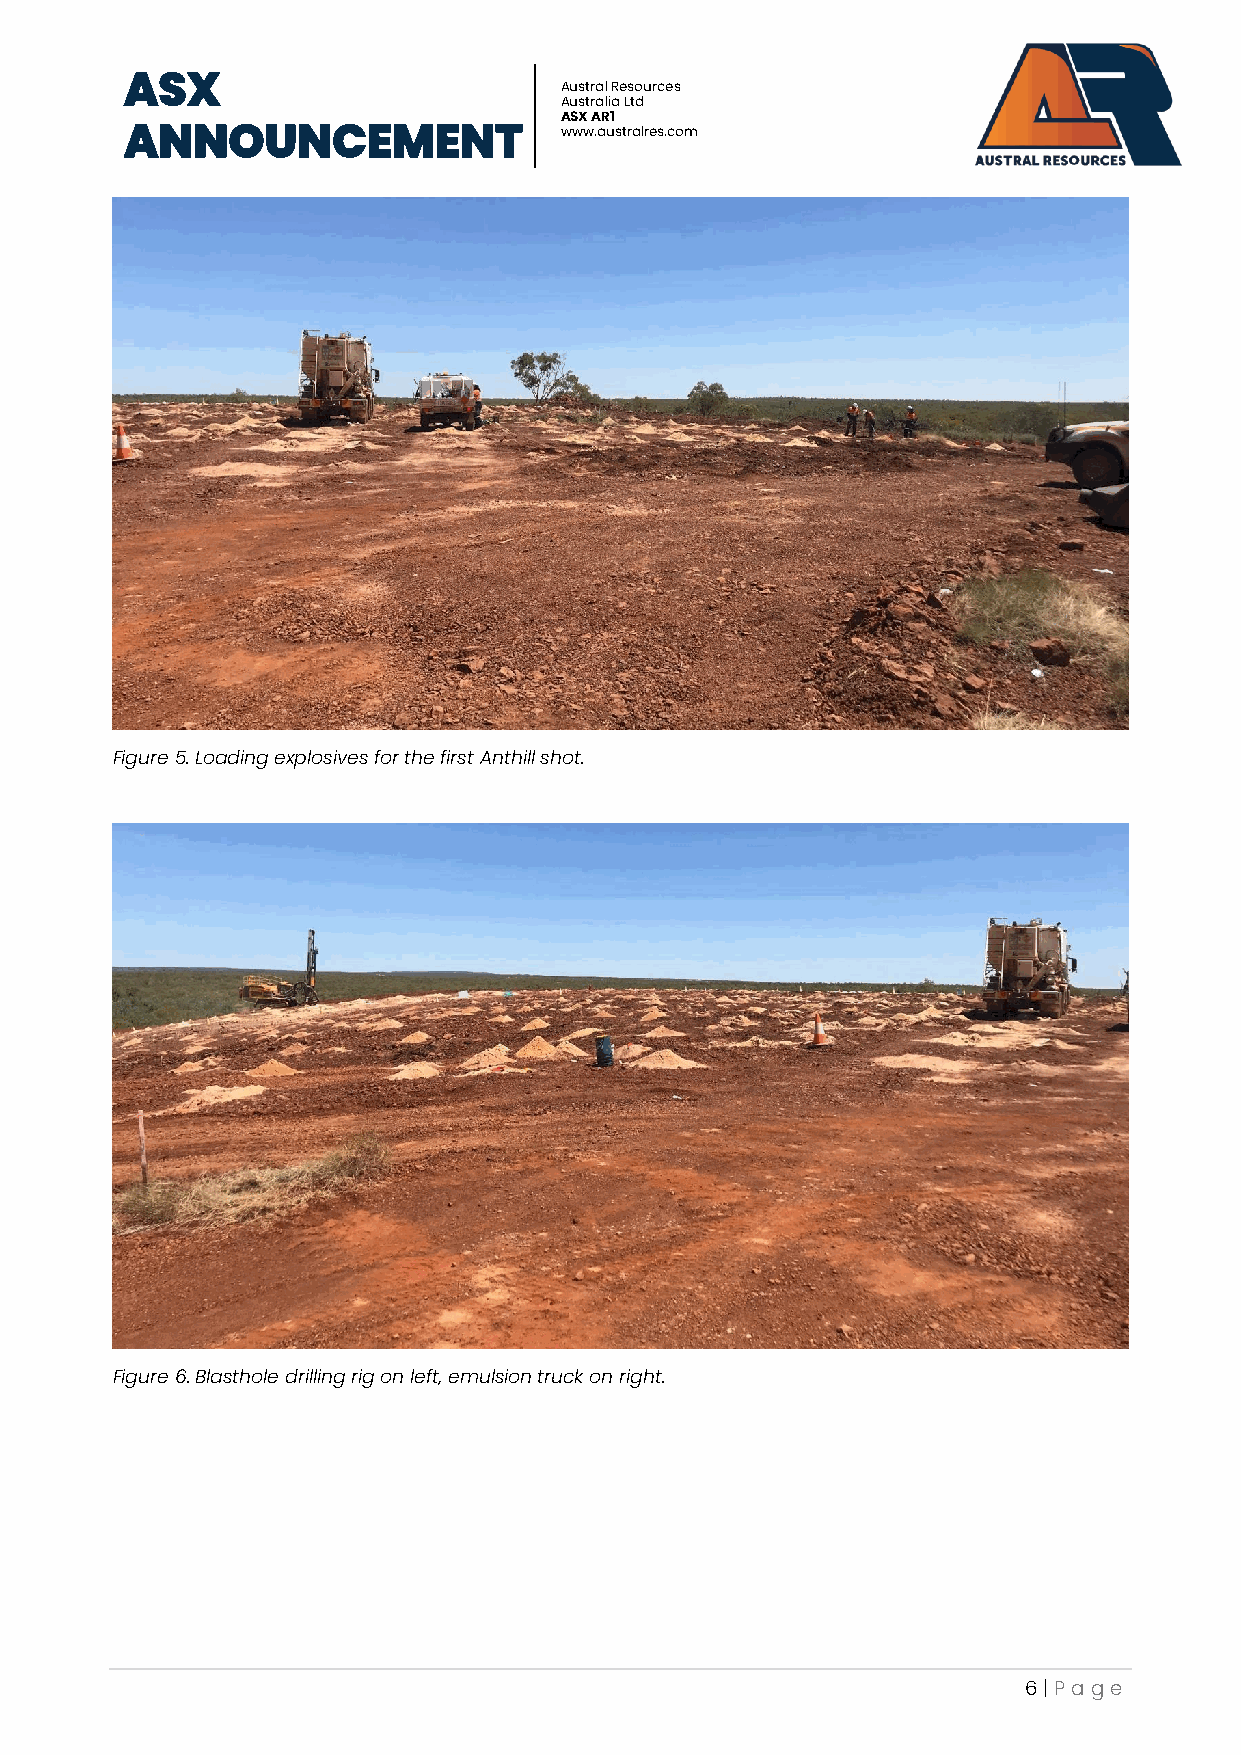
ASX
 Austral Resources
 Australia Ltd
 ASX AR1
 ANNOUNCEMENT                 www.australres.com
 Figure 5. Loading explosives for the first Anthill shot.
 Figure 6. Blasthole drilling rig on left, emulsion truck on right.
 6 | P age